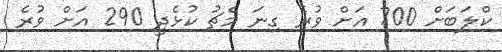
ކްލަބަށް 700 އަށް ވުރެ ގިނަ މެޗު ކުޅެދީ 290 އަށް ވުރެ